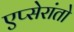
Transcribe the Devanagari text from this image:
एप्सेरांतो